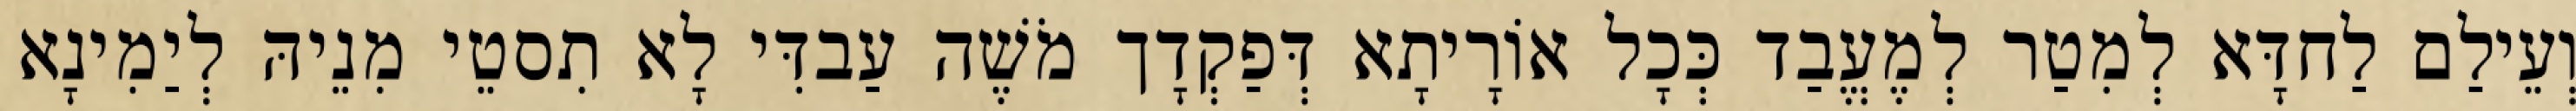
וְעֵילַם לַחדָּא לְמִטַר לְמֶעֱבַד כְּכָל אוֹרָיתָא דְּפַקְדָך מֹשֶׁה עַבדִּי לָא תִסטֵי מִנֵיהּ לְיַמִינָא